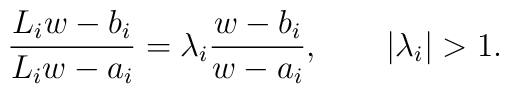
{L_i w - b_i\over L_i w - a_i} = \lambda_i {w - b_i\over w - a_i}, \qquad |\lambda_i| > 1.